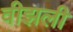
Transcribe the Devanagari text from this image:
वीझली